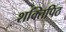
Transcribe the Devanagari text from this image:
शक्तिपिठ